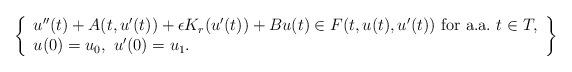
LaTeX: \begin{align*}\left\{\begin{array}{ll}u''(t) + A(t, u'(t)) + \epsilon K_r(u'(t)) + Bu(t) \in F(t, u(t), u'(t))\ \mbox{for a.a.}\ t\in T,\\u(0) = u_0,\ u'(0)=u_1.\end{array}\right\}\end{align*}